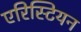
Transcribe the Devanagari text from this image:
एरिस्टियन